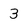
Character: 3